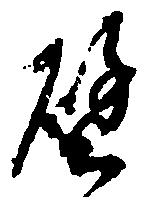
譬